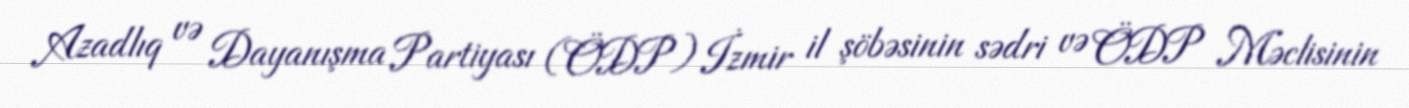
Azadlıq və Dayanışma Partiyası (ÖDP) İzmir il şöbəsinin sədri və ÖDP Məclisinin